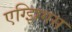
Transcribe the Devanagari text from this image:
एग्झिगस